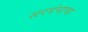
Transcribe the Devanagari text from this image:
सरपंचाचा